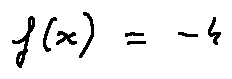
f ( x ) = - 4